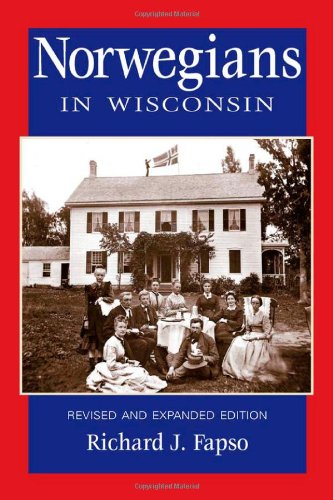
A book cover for Norwegians in Wisconsin (Ethnic Series); Richard J. Fapso; Biographies & Memoirs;